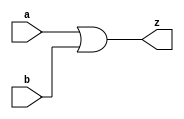
/*To design OR gate circuit*/
module orgate(a,b,z);
  input a,b;
  output z;
  assign z=a|b;
endmodule